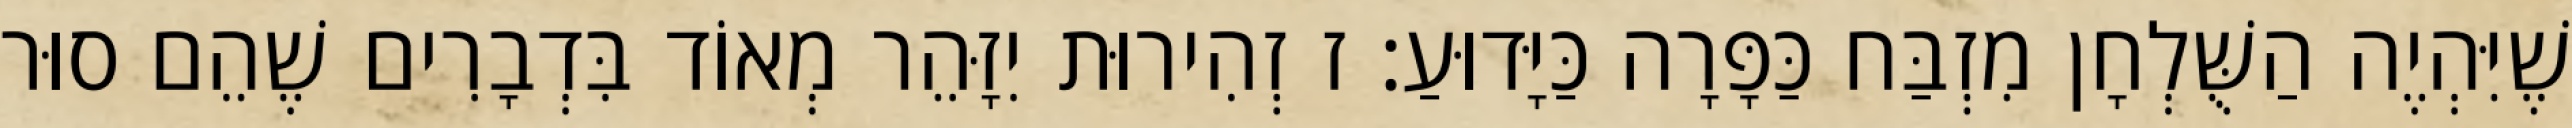
שֶׁיִּהְיֶה הַשֻּׁלְחָן מִזְבַּח כַּפָּרָה כַּיָּדוּעַ: ז זְהִירוּת יִזָּהֵר מְאוֹד בִּדְבָרִים שֶׁהֵם סוּר